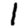
Digit: 1